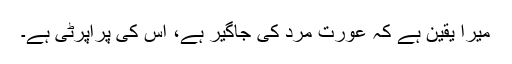
میرا یقین ہے کہ عورت مرد کی جاگیر ہے، اُس کی پراپرٹی ہے۔